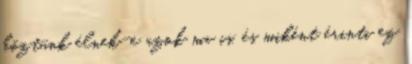
köztünk élnek-e azok ma is, és miként érinti ez